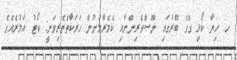
ހ. ހިޔާ ކޯޅި ގޭގެ ބޭރުގައި ނޫސްވެރިންނާއި ކެމެރާމަނުން ހަރަކާތްތެރިވަނީ: ކޯޓު އަމުރެއްގެ